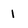
Character: 1